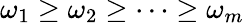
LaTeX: \omega_{1}\ge\omega_{2}\ge\dots\ge\omega_{m}